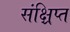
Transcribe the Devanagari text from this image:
संक्ष्रिप्त